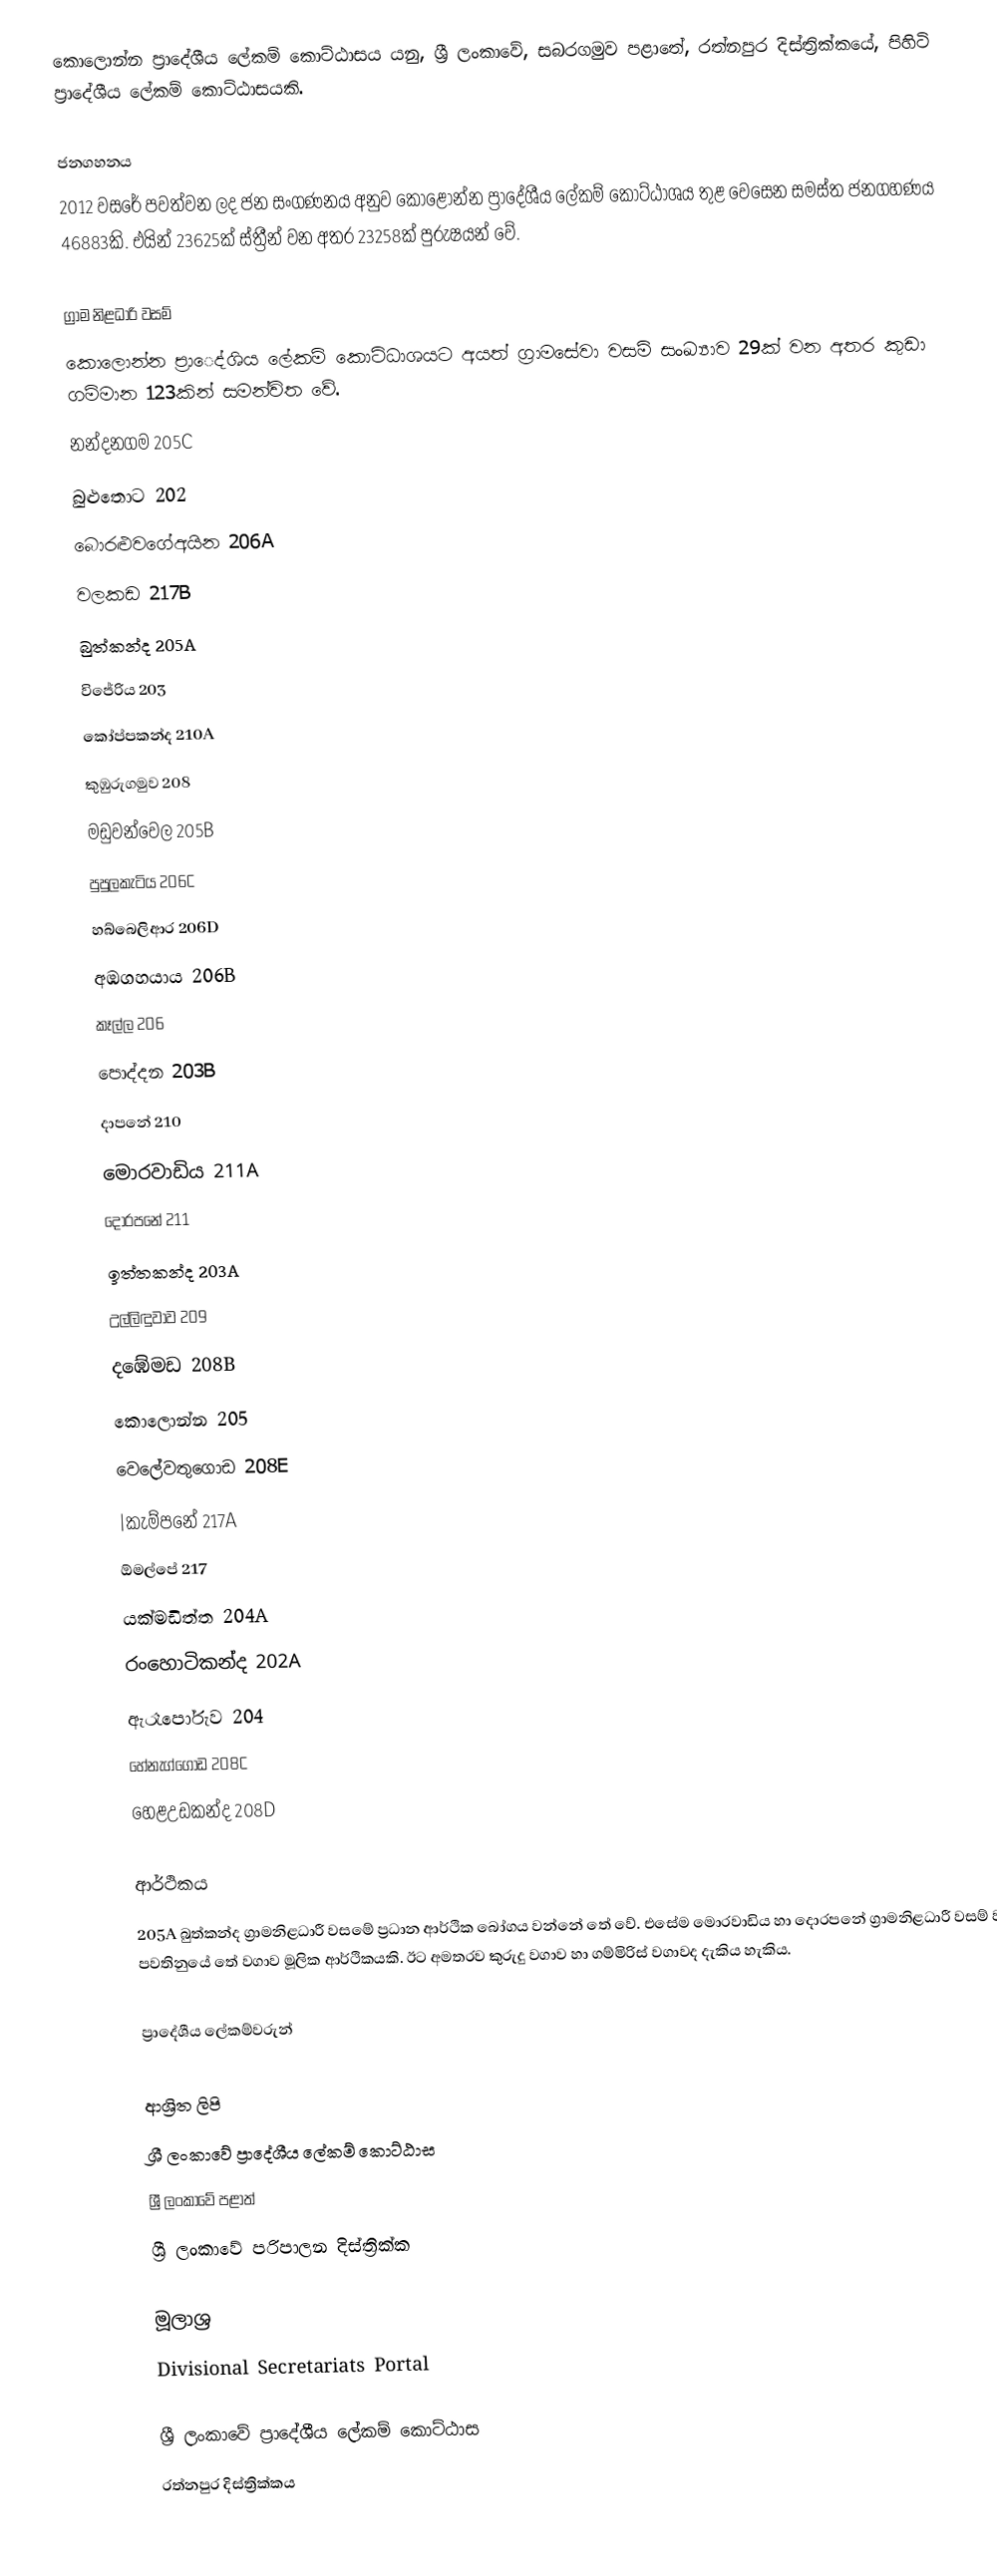
කොලොන්න ප්‍රාදේශීය ලේකම් කොට්ඨාසය යනු,  ශ්‍රී ලංකාවේ, සබරගමුව පළාතේ,   රත්නපුර දිස්ත්‍රික්කයේ, පිහිටි ප්‍රාදේශීය ලේකම් කොට්ඨාසයකි.

ජනගහනය
2012 වසරේ පවත්වන ලද ජන සංගණනය අනුව කොළොන්න ප්‍රාදේශීය ලේකම් කොට්ඨාශය තුළ වෙසෙන සමස්ත ජනගහණය 46883කි. එයින් 23625ක් ස්ත්‍රීන් වන අතර 23258ක් පුරුෂයන් වේ.

ග්‍රාම නිළධාරි වසම්
කොලොන්න ප්‍රාෙද්ශිය ලේකම් කොට්ධාශයට අයත් ග්‍රාමසේවා වසම් සංඛ්‍යාව 29ක් වන අතර කුඩා ගම්මාන 123කින් සමන්විත වේ.
  නන්දනගම 205C
  බුළුතොට 202
  බොරළුවගේඅයින 206A
  වලකඩ 217B
  බුත්කන්ද 205A
  විජේරිය 203
  කෝප්පකන්ද 210A
  කුඹුරුගමුව 208
  මඩුවන්වෙල 205B
  පුපුලකැටිය 206C
  හබ්බෙලිආර 206D
  අඹගහයාය 206B
  කෑල්ල 206
  පොද්දන 203B
  දාපනේ 210
  මොරවාඩිය 211A
  දොරපනේ 211
  ඉත්තකන්ද 203A
  උල්ලිඳුවාව 209
  දඹේමඩ 208B
  කොලොන්න 205
  වෙලේවතුගොඩ 208E
  |කැම්පනේ 217A
  ඕමල්පේ 217
  යක්මඩිත්ත 204A
  රංහොටිකන්ද 202A
  ඇරෑපෝරුව 204
  හේනැග්ගොඩ 208C
  හෙළඋඩකන්ද 208D

ආර්ථිකය
205A බුත්කන්ද ග්‍රාමනිළධාරී වසමේ ප්‍රධාන ආර්ථික බෝගය වන්නේ තේ වේ. එසේම මොරවාඩිය හා දොරපනේ ග්‍රාමනිළධාරී වසම් වලද පවතිනුයේ තේ වගාව මූලික ආර්ථිකයකි. ඊට අමතරව කුරුදු වගාව හා ගම්මිරිස් වගාවද දැකිය හැකිය.

ප්‍රාදේශීය ලේකම්වරුන්

ආශ්‍රිත ලිපි
ශ්‍රී ලංකාවේ ප්‍රාදේශීය ලේකම් කොට්ඨාස
ශ්‍රී ලංකාවේ පළාත්
ශ්‍රී ලංකාවේ පරිපාලන දිස්ත්‍රික්ක

මූලාශ්‍ර
 Divisional Secretariats Portal

ශ්‍රී ලංකාවේ ප්‍රාදේශීය ලේකම් කොට්ඨාස
රත්නපුර  දිස්ත්‍රික්කය